Account of plague administration in the Bombay Presidency from September 1896 till May 1897
Year: 1896
Disease focus: Plague
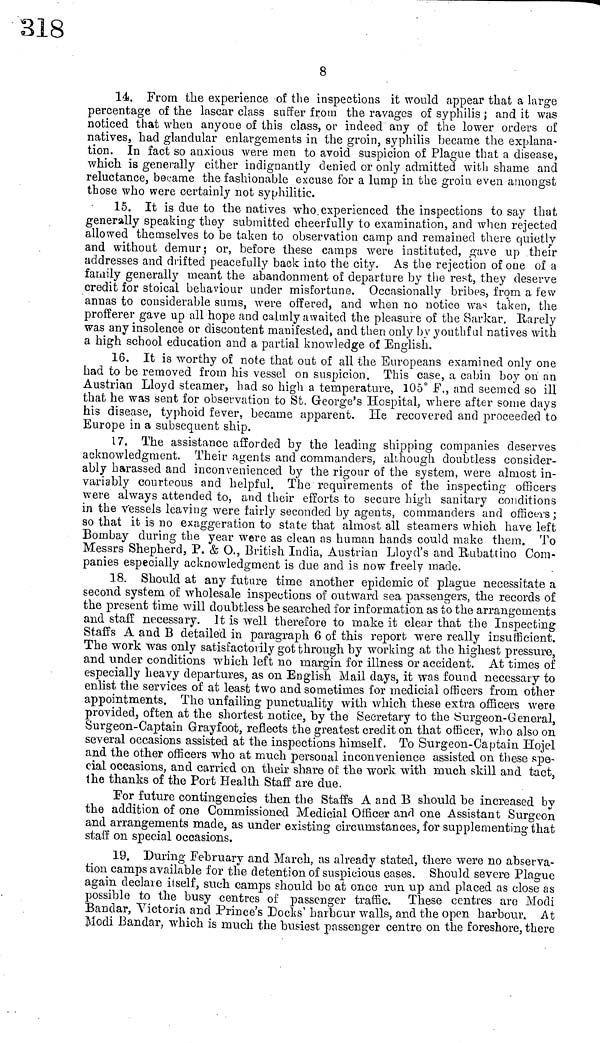
8
14. From the experience of the inspections it would appear that a large
percentage of the lascar class suffer from the ravages of syphilis ; and it was
noticed that when anyone of this class, or indeed any of the lower orders of
natives, had glandular enlargements in the groin, syphilis became the explana-
tion. In fact so anxious were men to avoid suspicion of Plague that a disease,
which is generally either indignantly denied or only admitted with shame and
reluctance, became the fashionable excuse for a lump in the groin even amongst
those who were certainly not syphilitic.
15. It is due to the natives who experienced the inspections to say that
generally speaking they submitted cheerfully to examination, and when rejected
allowed themselves to be taken to observation camp and remained there quietly
and without demur; or, before these camps were instituted, gave up their
addresses and drifted peacefully back into the city. As the rejection of one of a
family generally meant the abandonment of departure by the rest, they deserve
credit for stoical behaviour under misfortune. Occasionally bribes, from a few-
annas to considerable sums, were offered, and when no notice was taken, the
profferer gave up all hope and calmly awaited the pleasure of the Sarkar. Harely
was any insolence or discontent manifested, and then only by youthful natives with
a high school education and a partial knowledge of English.
16. It is worthy of note that out of all the Europeans examined only one
had to be removed from his vessel on suspicion. This case, a cabin boy on an
Austrian Lloyd steamer, had so high a temperature, 105° F., and seemed so ill
that he was sent for observation to St. George's Hospital, where after some days
his disease, typhoid fever, became apparent. He recovered and proceeded to
Europe in a subsequent ship.
17. The assistance afforded by the leading shipping companies deserves
acknowledgment. Their agents and commanders, although doubtless consider-
ably harassed and inconvenienced by the rigour of the system, were almost in-
variably courteous and helpful. The requirements of the inspecting officers
were always attended to, and their efforts to secure high sanitary conditions
in the vessels leaving were fairly seconded by agents, commanders and officers ;
so that it is no exaggeration to state that almost all steamers which have left
Bombay during the year were as clean as human hands could make them. To
Messrs Shepherd, P. & O., British India, Austrian Lloyd's and Rubattino Com-
panies especially acknowledgment is due and is now freely made.
18. Should at any future time another epidemic of plague necessitate a
second system of wholesale inspections of outward sea passengers, the records of
the present time will doubtless he searched for information as to the arrangements
and staff necessary. It is well therefore to make it clear that the Inspecting
Staffs A and Β detailed in paragraph 6 of this report were really insufficient.
The work was only satisfactorily got through by working at the highest pressure,
and under conditions which left no margin for illness or accident. At times of
especially heavy departures, as on English Mail days, it was found necessary to
enlist the services of at least two and sometimes for medicial officers from other
appointments. The unfailing punctuality with which these extra officers were
provided, often at the shortest notice, by the Secretary to the Surgeon-General,
Surgeon-Captain Grayfoot, reflects the greatest credit on that officer, who also on
several occasions assisted at the inspections himself. To Surgeon-Captain Hojel
and the other officers who at much personal inconvenience assisted on these spe-
cial occasions, and carried on their share of the work with much skill and tact,
the thanks of the Port Health Staff are due.
For future contingencies then the Staffs A and Β should be increased by
the addition of one Commissioned Medicial Officer and one Assistant Surgeon
and arrangements made, as under existing circumstances, for supplementing that
staff on special occasions.
19. During February and March, as already stated, there were no abserva-
tion camps available for the detention of suspicious cases. Should severe Plague
again declaie itself, such camps should be at once run up and placed as close as
possible to the busy centres of passenger traffic. These centres are Modi
Bandar, Victoria and Prince's Docks' harbour walls, and the open harbour. At
Modi Bandar, which is much the busiest passenger centre on the foreshore, there